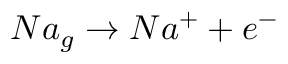
N a _ { g } \rightarrow N a ^ { + } + e ^ { - }